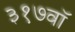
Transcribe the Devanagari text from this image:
३१७वॉ